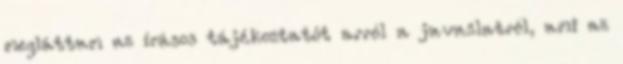
megláttam az írásos tájékoztatót arról a javaslatról, ami az